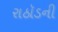
રાઠૉડની